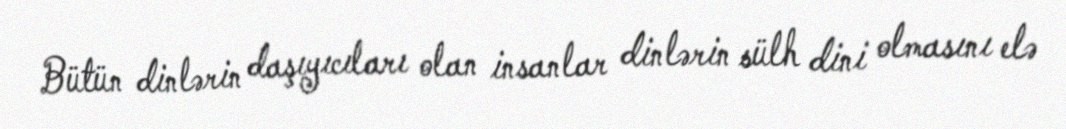
Bütün dinlərin daşıyıcıları olan insanlar dinlərin sülh dini olmasını elə